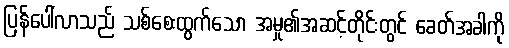
ပြန်ပေါ်လာသည် သစ်စေးထွက်သော အမှု၏အဆင့်တိုင်းတွင် ခေတ်အခါကို